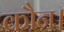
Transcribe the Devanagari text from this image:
कौन।